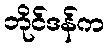
ဘိုင်ဒန်က